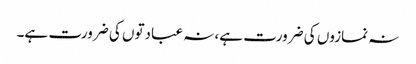
نہ نمازوں کی ضرورت ہے، نہ عبادتوں کی ضرورت ہے۔